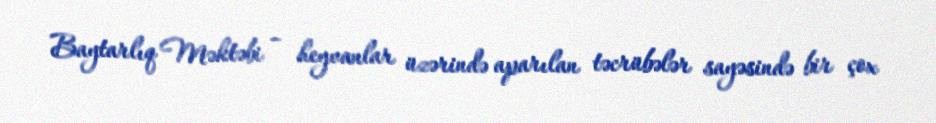
Baytarlıq Məktəbi – heyvanlar üzərində aparılan təcrübələr sayəsində bir çox